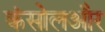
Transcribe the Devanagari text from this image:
कंसोलऔर